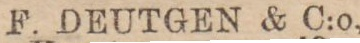
F. DEUTGEN & C:o,